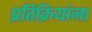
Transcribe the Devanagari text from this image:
प्रतिक्रियांना